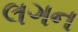
લગન